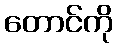
တောင်ကို